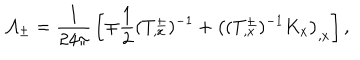
{ \cal A } _ { \pm } = { \frac { 1 } { 2 4 \pi } } \left[ \mp { \frac { 1 } { 2 } } ( T _ { , x } ^ { \pm } ) ^ { - 1 } + \left( ( T _ { , x } ^ { \pm } ) ^ { - 1 } K _ { x } \right) _ { , x } \right] ,